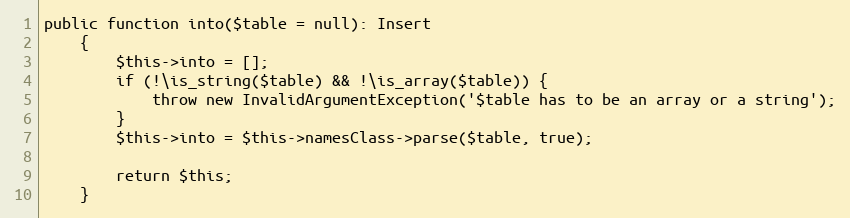
Language: PHP
public function into($table = null): Insert
    {
        $this->into = [];
        if (!\is_string($table) && !\is_array($table)) {
            throw new InvalidArgumentException('$table has to be an array or a string');
        }
        $this->into = $this->namesClass->parse($table, true);

        return $this;
    }